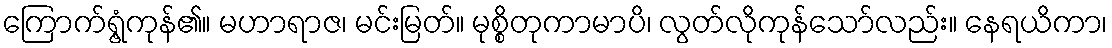
ကြောက်ရွံ့ကုန်၏။ မဟာရာဇ၊ မင်းမြတ်။ မုစ္စိတုကာမာပိ၊ လွတ်လိုကုန်သော်လည်း။ နေရယိကာ၊